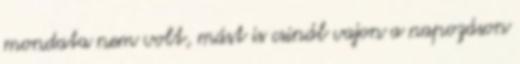
mondata nem volt, mást is csinál vajon a napozáson